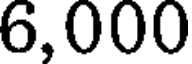
6,000